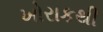
ખોરાકથી